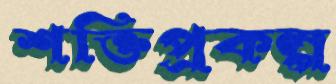
শক্তিপ্রকল্প